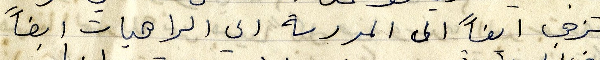
تذهب ايضاً الى المدرسة الى الراهبات ايضاً